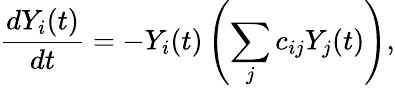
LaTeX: \frac{dY_{i}(t)}{dt}=-Y_{i}(t)\left(\sum_{j}c_{ij}Y_{j}(t)\right),